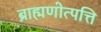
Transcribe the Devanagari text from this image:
ब्राह्मणोत्पत्ति